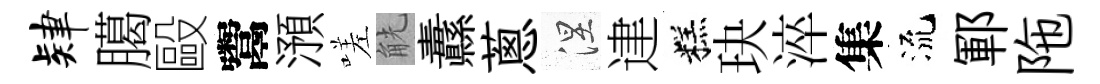
肄臈毆鬻澦嗟觥纛蔥涅䢖糕玦淬集流鄆陁